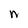
Character: n